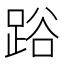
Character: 𨁖